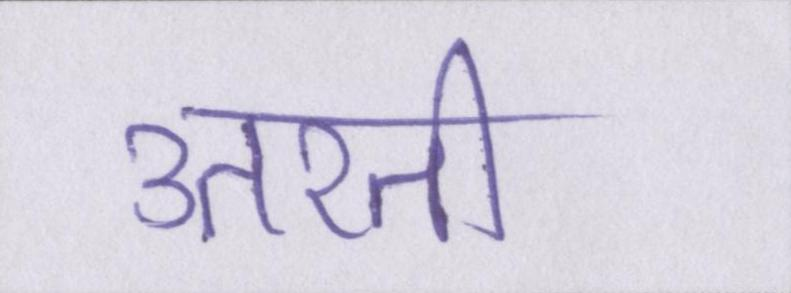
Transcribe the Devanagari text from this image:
उतरती